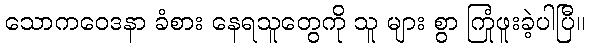
သောကဝေဒနာ ခံစား နေရသူတွေကို သူ များ စွာ ကြုံဖူးခဲ့ပါပြီ။